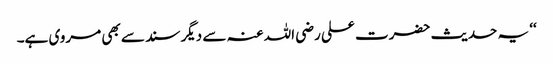
‘‘ یہ حدیث حضرت علی رضی اللہ عنہ سے دیگر سند سے بھی مروی ہے۔